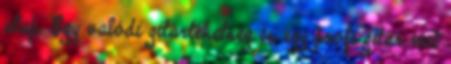
alap. Egy valódi gitártehetség és egy profi gitár mit